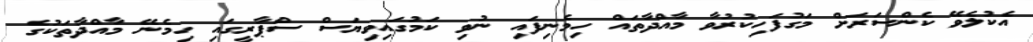
އެކުލެވޭ ކެންސަރަށް މަގުފަހިކުރުވާ މާއްދާތައް ހިމެނިފައި ނުވި ކަމުގައިވިޔަސް ސްޕާރީގައި ހިމެނޭ މާއްދާތަކުގެ